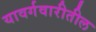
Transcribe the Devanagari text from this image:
यावर्गवारीतील